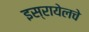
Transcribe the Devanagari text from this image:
इस्रायेलचे